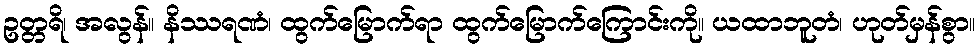
ဥတ္တရိ၊ အလွန်။ နိဿရဏံ၊ ထွက်မြောက်ရာ ထွက်မြောက်ကြောင်းကို။ ယထာဘူတံ၊ ဟုတ်မှန်စွာ။